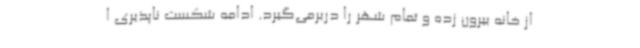
از خانه بیرون زده و تمام شهر را دربرمی‌گیرد. ادامه شکست ناپذیری ا